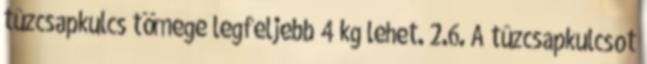
tûzcsapkulcs tömege legfeljebb 4 kg lehet. 2.6. A tûzcsapkulcsot